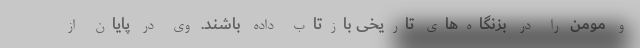
و مومن را در بزنگاه‌های تاریخی بازتاب داده باشند. وی در پایان از